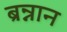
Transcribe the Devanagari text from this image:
ब्रन्नान